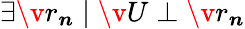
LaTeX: \exists\v{r}_{\boldsymbol{n}}\mid\v{U}\perp\v{r}_{\boldsymbol{n}}